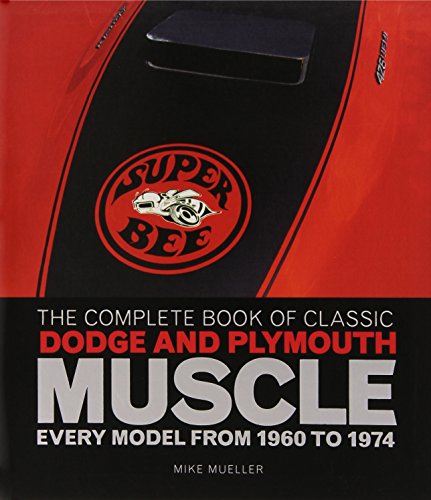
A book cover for The Complete Book of Classic Dodge and Plymouth Muscle: Every Model from 1960 to 1974 (Complete Book Series); Mike Mueller; Engineering & Transportation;